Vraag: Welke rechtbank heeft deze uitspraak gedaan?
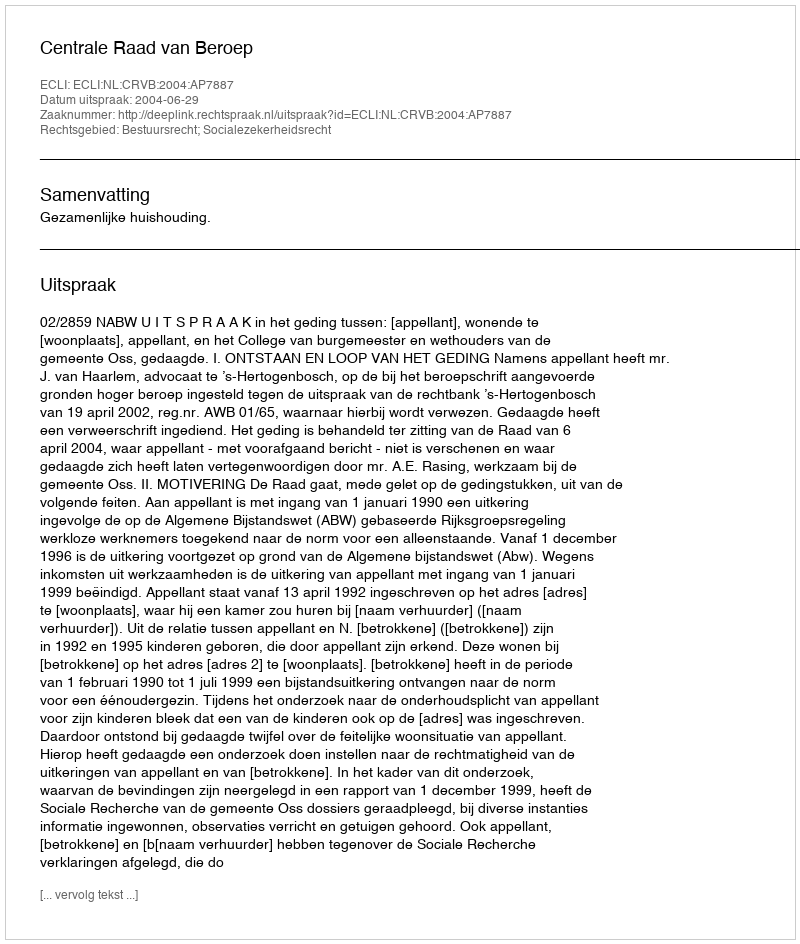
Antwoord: Centrale Raad van Beroep